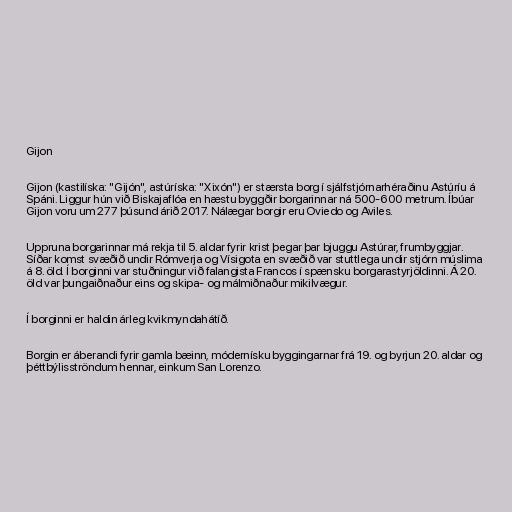
Gijon

Gijon (kastilíska: "Gijón", astúríska: "Xixón") er stærsta borg í sjálfstjórnarhéraðinu Astúríu á
Spáni. Liggur hún við Biskajaflóa en hæstu byggðir borgarinnar ná 500-600 metrum. Íbúar
Gijon voru um 277 þúsund árið 2017. Nálægar borgir eru Oviedo og Aviles.

Uppruna borgarinnar má rekja til 5. aldar fyrir krist þegar þar bjuggu Astúrar, frumbyggjar.
Síðar komst svæðið undir Rómverja og Vísigota en svæðið var stuttlega undir stjórn múslima
á 8. öld. Í borginni var stuðningur við falangista Francos í spænsku borgarastyrjöldinni. Á 20.
öld var þungaiðnaður eins og skipa- og málmiðnaður mikilvægur.

Í borginni er haldin árleg kvikmyndahátíð.

Borgin er áberandi fyrir gamla bæinn, módernísku byggingarnar frá 19. og byrjun 20. aldar og
þéttbýlisströndum hennar, einkum San Lorenzo.